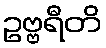
ဥဗ္ဗရီတိ